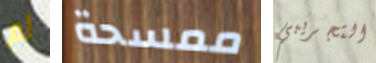
لم ممسحة التجريبي